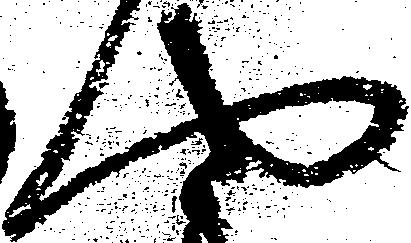
や